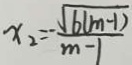
x _ { 2 } = \frac { \sqrt { 6 ( m - 1 ) } } { m - 1 }